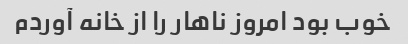
خوب بود امروز ناهار را از خانه آوردم